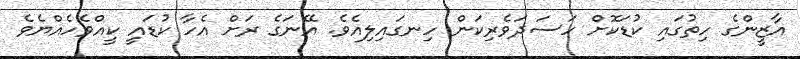
އާޒީންގެ ހިތުގައި ކުޑަކޮށް ހަސަދަވެރިކަން ހިނގައިލިއެވެ. އޭނަގެ ރަށް އެހާ ކުޑައީ ކީއްވެހެއްޔެވެ